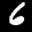
Label: 6